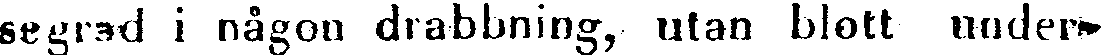
segrad i någon drabbning, utan blott under-